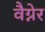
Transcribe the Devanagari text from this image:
वैग्नेर